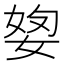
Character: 𡝓